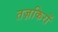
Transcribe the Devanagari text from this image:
तज़किरों